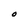
Character: O